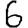
Digit: 6